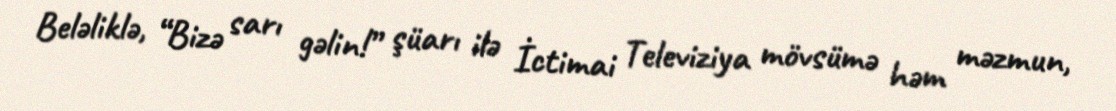
Beləliklə, “Bizə sarı gəlin!” şüarı ilə İctimai Televiziya mövsümə həm məzmun,